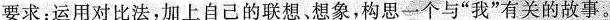
要求：运用对比法，加上自己的联想、想象，构思一个与”我”有关的故事。